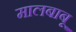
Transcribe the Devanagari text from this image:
मालबाबू